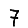
Digit: 7